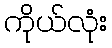
ကိုယ်လုံး